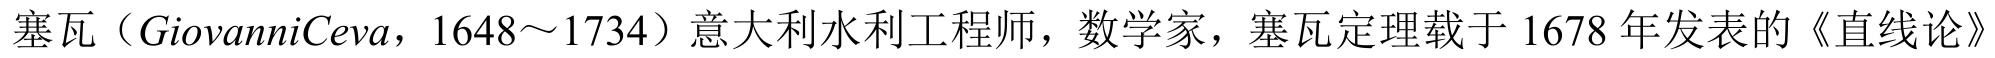
塞瓦（\(GiovanniCeva\)，\(1648\sim1734\)）意大利水利工程师，数学家，塞瓦定理载于 \(1678\) 年发表的《直线论》